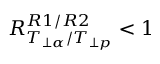
R _ { T _ { \perp \alpha } / T _ { \perp p } } ^ { R 1 / R 2 } < 1